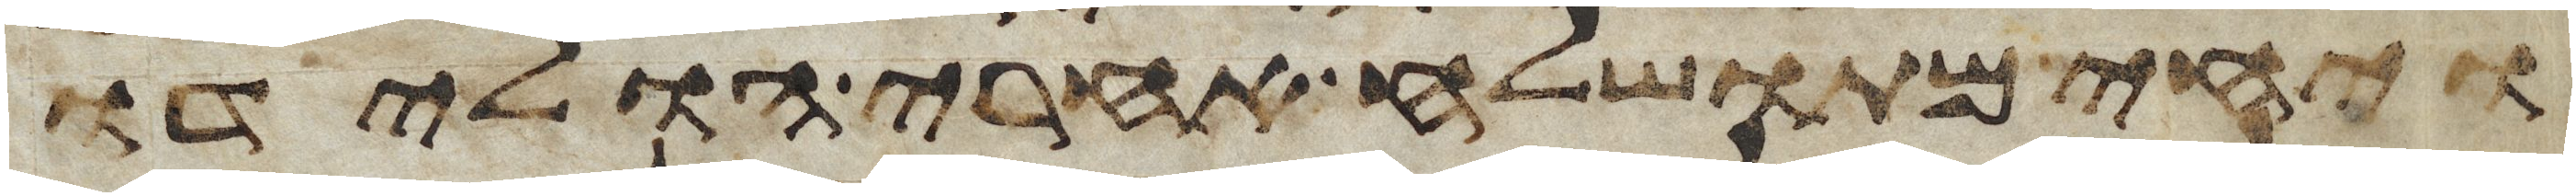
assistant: ויחי מתושלח אחרי הולידו